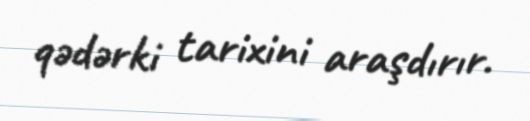
qədərki tarixini araşdırır.